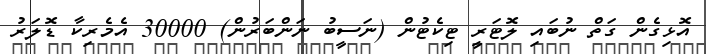
އޮޅިގެން ގަތް ނުބައި ލޮޓަރީ ޓިކެޓުން (ނަސީބު ނަންބަރުން) 30000 އެމެރިކާ ޑޮލަރު